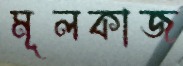
মূলকাজ